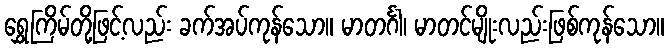
ရွှေကြိမ်တို့ဖြင့်လည်း ခက်အပ်ကုန်သော။ မာတင်္ဂါ၊ မာတင်မျိုးလည်းဖြစ်ကုန်သော။